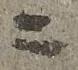
ニ